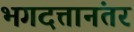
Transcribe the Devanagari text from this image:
भगदत्तानंतर